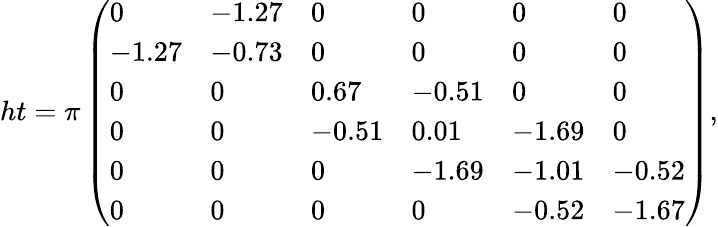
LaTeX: ht=\pi\left(\begin{array}{llllll}{0}&{-1.27}&{0}&{0}&{0}&{0}\\ {-1.27}&{-0.73}&{0}&{0}&{0}&{0}\\ {0}&{0}&{0.67}&{-0.51}&{0}&{0}\\ {0}&{0}&{-0.51}&{0.01}&{-1.69}&{0}\\ {0}&{0}&{0}&{-1.69}&{-1.01}&{-0.52}\\ {0}&{0}&{0}&{0}&{-0.52}&{-1.67}\end{array}\right),